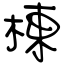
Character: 棟